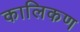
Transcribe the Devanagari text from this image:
कालिकण